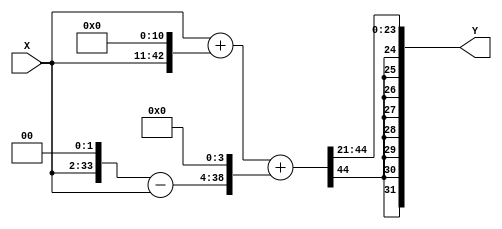
module scm_h (
    X,
    Y
);

  // Port mode declarations:
  input  signed  [31:0] X;
  output signed  [31:0] Y;

  //Multipliers:

  wire signed [53:0]
    w1,
    w2048,
    w2049,
    w4,
    w3,
    w48,
    w2097,
    w4194;

  assign w1 = X;
  assign w2048 = w1 << 11;
  assign w2049 = w1 + w2048;
  assign w4 = w1 << 2;
  assign w3 = w4 - w1;
  assign w48 = w3 << 4;
  assign w2097 = w2049 + w48;
  assign w4194 = w2097 << 1;

  assign Y = w4194[53:22];

endmodule